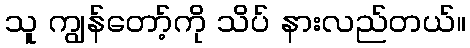
သူ ကျွန်တော့်ကို သိပ် နားလည်တယ်။